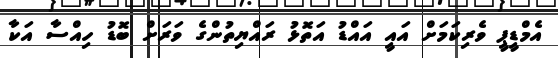
އެމްޑީޕީ ވެރިކަމަށް އައީ އައްޑު އަތޮޅު ރައްޔިތުންގެ ވަރަށް ބޮޑު ހިއްސާ އަކާ